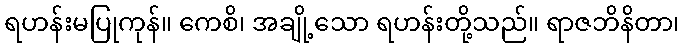
ရဟန်းမပြုကုန်။ ကေစိ၊ အချို့သော ရဟန်းတို့သည်။ ရာဇဘိနိတာ၊